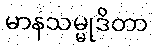
မာနသမ္မုဒိတာ